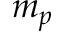
m _ { p }